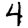
Digit: 4